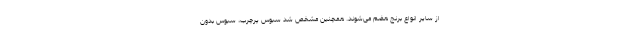
از سایر انواع برنج هضم می‌شوند. همچنین مشخص شد سبوس پرچرب، سبوس بدون